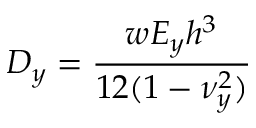
D _ { y } = \frac { w E _ { y } h ^ { 3 } } { 1 2 ( 1 - \nu _ { y } ^ { 2 } ) }